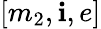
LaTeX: \left[m_{2},\mathbf{i},e\right]